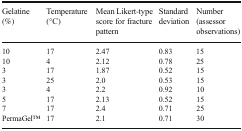
<table><thead><tr><td><b>Gelatine (%)</b></td><td><b>Temperature (°C)</b></td><td><b>Mean Likert-type score for fracture pattern</b></td><td><b>Standard deviation</b></td><td><b>Number (assessor observations)</b></td></tr></thead><tbody><tr><td>10</td><td>17</td><td>2.47</td><td>0.83</td><td>15</td></tr><tr><td>10</td><td>4</td><td>2.12</td><td>0.78</td><td>25</td></tr><tr><td>3</td><td>17</td><td>1.87</td><td>0.52</td><td>15</td></tr><tr><td>3</td><td>25</td><td>2.0</td><td>0.53</td><td>15</td></tr><tr><td>3</td><td>4</td><td>2.2</td><td>0.92</td><td>10</td></tr><tr><td>5</td><td>17</td><td>2.13</td><td>0.52</td><td>15</td></tr><tr><td>7</td><td>17</td><td>2.4</td><td>0.71</td><td>25</td></tr><tr><td>PermaGelTM</td><td>17</td><td>2.1</td><td>0.71</td><td>30</td></tr></tbody></table>